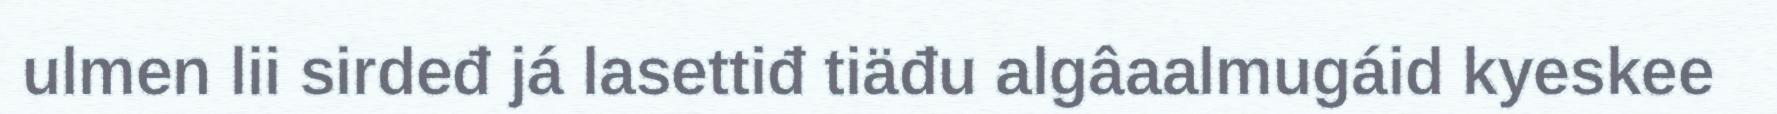
ulmen lii sirdeđ já lasettiđ tiäđu algâaalmugáid kyeskee